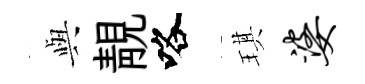
𫤰靚咯琪婆